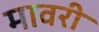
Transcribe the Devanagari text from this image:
मावरी